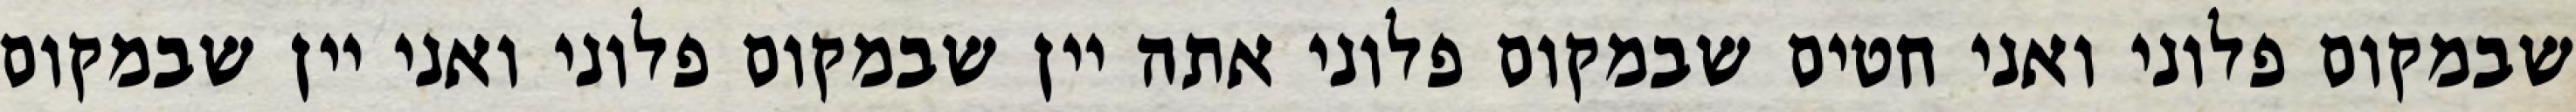
שבמקום פלוני ואני חטים שבמקום פלוני אתה יין שבמקום פלוני ואני יין שבמקום